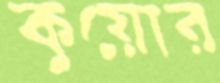
কুয়োর